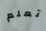
تعلم